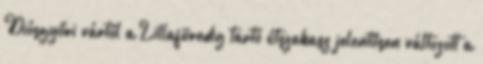
Diósgyőri vártól a Lillafüredig tartó útszakasz jelentősen változott a